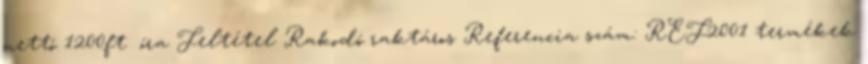
nettó 1200ft óra Feltétel Rakodó raktáros Referencia szám: REF2001 termékek